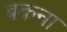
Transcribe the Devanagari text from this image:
बकना